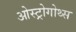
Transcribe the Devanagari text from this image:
ओस्ट्रोगोथ्स